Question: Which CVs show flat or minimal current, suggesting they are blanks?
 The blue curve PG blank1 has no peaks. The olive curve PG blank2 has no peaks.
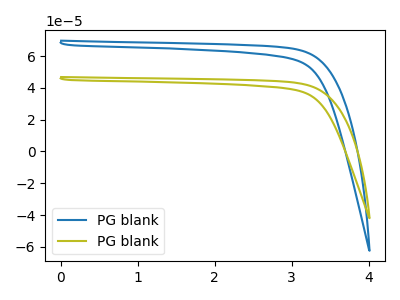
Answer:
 <answer>"PG blank1" and "PG blank2" are likely to be blanks.</answer>
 <eval>"PG blank1", "PG blank2"</eval>